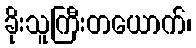
ခိုးသူကြီးတယောက်၊